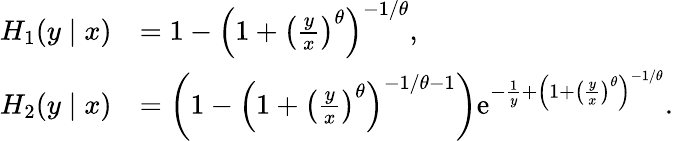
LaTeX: \begin{array}{rl}{H_{1}(y\mid x)}&{=1-{\left(1+{\left(\frac{y}{x}\right)}^{\theta}\right)}^{-1/\theta},}\\ {H_{2}(y\mid x)}&{=\left(1-{\left(1+{\left(\frac{y}{x}\right)}^{\theta}\right)}^{-1/\theta-1}\right)\textrm{e}^{-\frac{1}{y}+{\left(1+{\left(\frac{y}{x}\right)}^{\theta}\right)}^{-1/\theta}}.}\end{array}